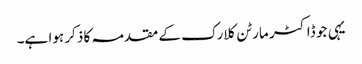
یہی جو ڈاکٹر مارٹن کلارک کے مقدمہ کا ذکر ہوا ہے۔